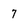
Character: 7